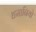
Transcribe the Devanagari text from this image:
धमानियो